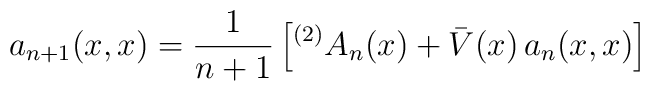
a_{n+1}(x,x)=\frac{1}{n+1} \left[ {^{(2)} A}_n(x)+\bar{V}(x)\, a_n(x,x) \right]